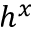
h ^ { x }